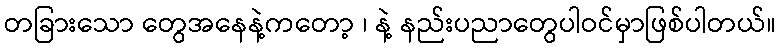
တခြားသော တွေအနေနဲ့ကတော့ ၊ နဲ့ နည်းပညာတွေပါဝင်မှာဖြစ်ပါတယ်။